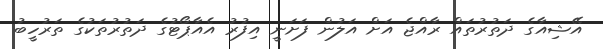
އޭޝިއާގެ ދަތުރުތައް ރާއްޖެ އަށް އަލުން ފަށަނީ އިފުރު އެއާޕޯޓުގެ ދަތުރުތަކުގެ ތަރުހީބު